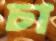
চা